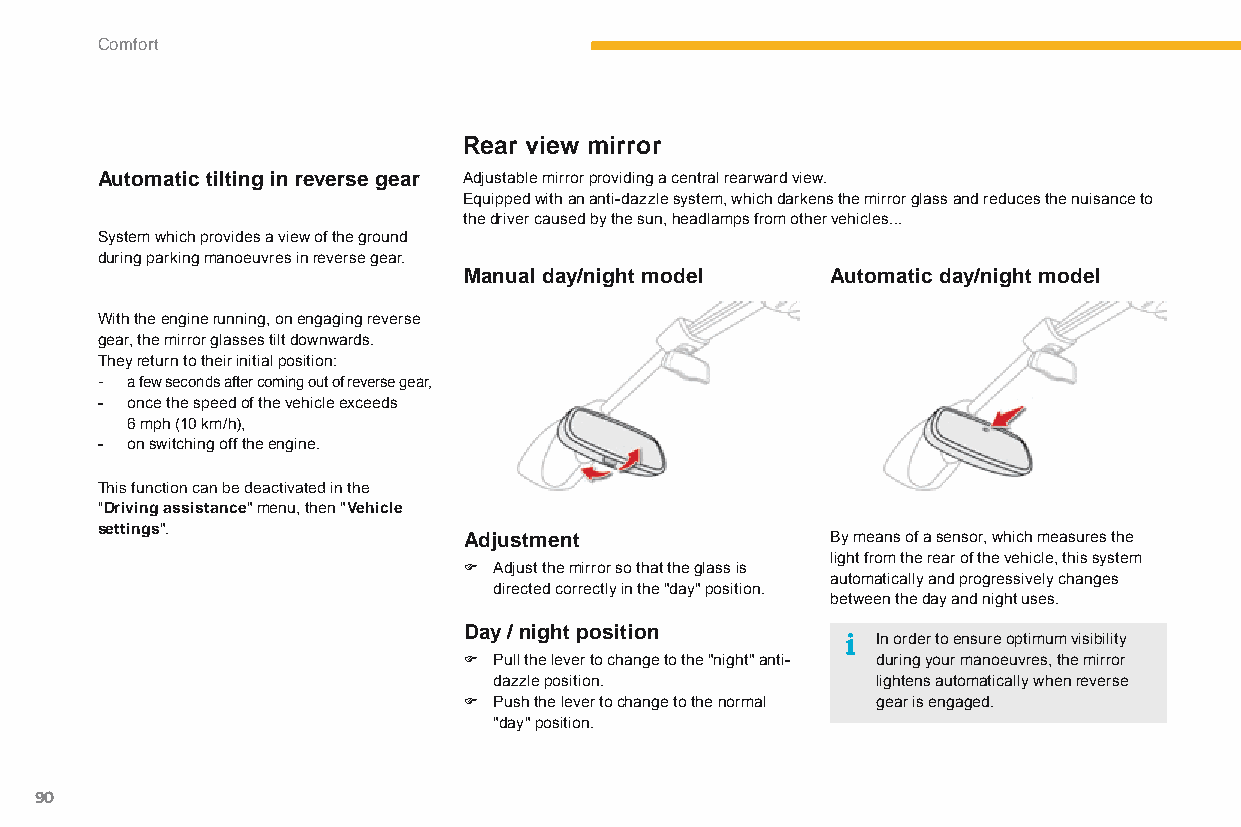
Comfort
 Rear view mirror
 Automatic tilting in reverse gear Adjustable mirror providing a central rearward view.
 Equipped with an anti-dazzle system, which darkens the mirror glass and reduces the nuisance to
 the driver caused by the sun, headlamps from other vehicles...
 System which provides a view of the ground
 during parking manoeuvres in reverse gear.
 Manual day/night model  Automatic day/night model
 With the engine running, on engaging reverse
 gear, the mirror glasses tilt downwards.
 They return to their initial position:
 - a few seconds after coming out of reverse gear,
 - once the speed of the vehicle exceeds
 6 mph (10 km/h),
 - on switching off the engine.
 This function can be deactivated in the
 "Driving assistance" menu, then "Vehicle
 settings".
 Adjustment              By means of a sensor, which measures the
 light from the rear of the vehicle, this system
 F Adjust the mirror so that the glass is
 automatically and progressively changes
 directed correctly in the "day" position.
 between the day and night uses.
 Day / night position
 In order to ensure optimum visibility
 F Pull the lever to change to the "night" anti- during your manoeuvres, the mirror
 dazzle position.         lightens automatically when reverse
 F Push the lever to change to the normal gear is engaged.
 "day" position.
 90
 C4-Picasso-II_en_Chap03_confort_ed01-2015